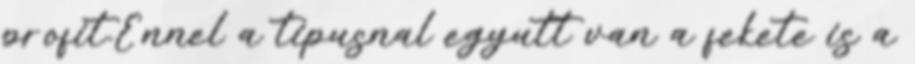
profit.Ennel a tipusnal egyutt van a fekete is a